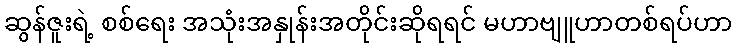
ဆွန်ဇူးရဲ့ စစ်ရေး အသုံးအနှုန်းအတိုင်းဆိုရရင် မဟာဗျူဟာတစ်ရပ်ဟာ